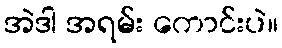
အဲဒါ အရမ်း ကောင်းပဲ။